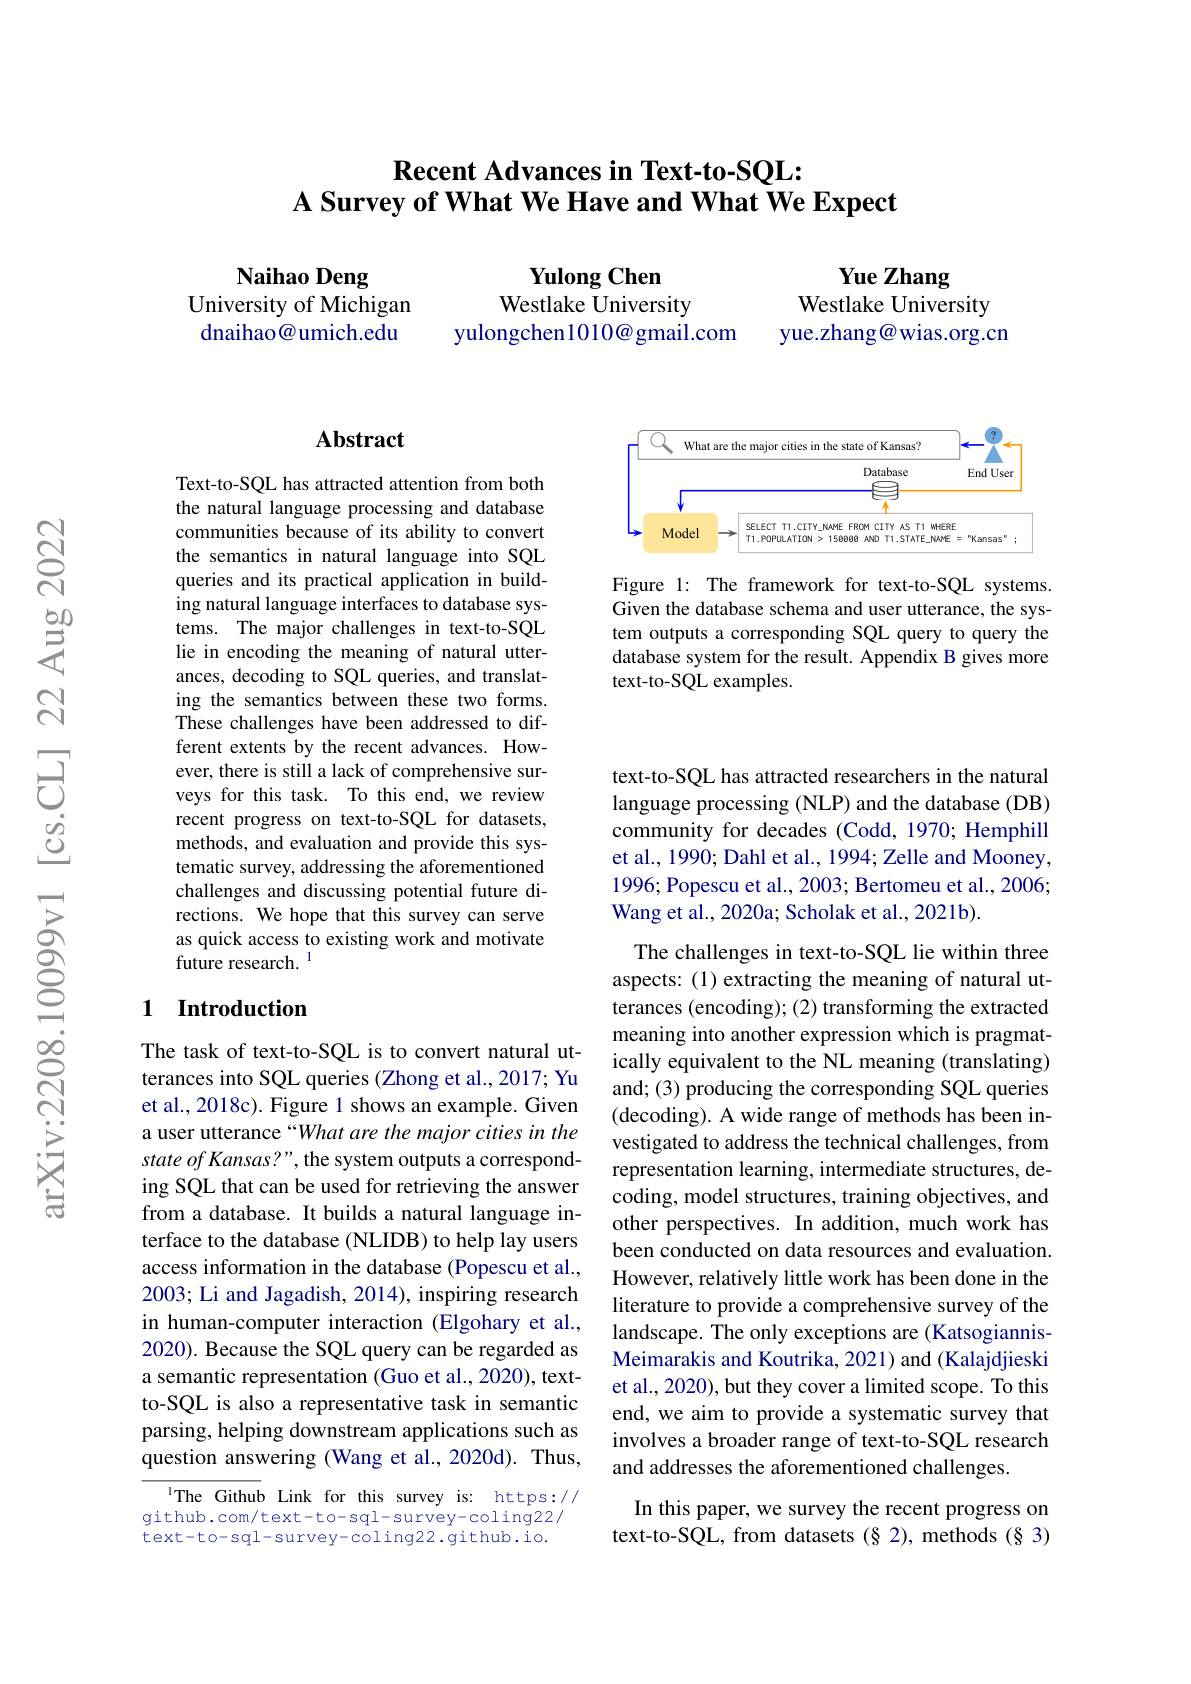
# Recent Advances in Text-to-SQL: A Survey of What We Have and What We Expect

Naihao Deng
University of Michigan dnaihao@umich.edu

Yulong Chen
Westlake University
yulongchen1010@gmail.com

Yue Zhang
Westlake University
yue.zhang@wias.org.cn

<FigureHere>

Figure 1: The framework for text-to-SQL systems. Given the database schema and user utterance, the system outputs a corresponding SQL query to query the database system for the result. Appendix B gives more text-to-SQL examples.

## Abstract

Text-to-SQL has attracted attention from both the natural language processing and database communities because of its ability to convert the semantics in natural language into SQL queries and its practical application in building natural language interfaces to database systems. The major challenges in text-to-SQL lie in encoding the meaning of natural utterances, decoding to SQL queries, and translating the semantics between these two forms. These challenges have been addressed to different extents by the recent advances. However, there is still a lack of comprehensive surveys for this task. To this end, we review recent progress on text-to-SQL for datasets, methods, and evaluation and provide this systematic survey, addressing the aforementioned challenges and discussing potential future directions. We hope that this survey can serve as quick access to existing work and motivate future research. 1

## 1 Introduction

The task of text-to-SQL is to convert natural utterances into SQL queries (Zhong et al., 2017; Yu et al., 2018c). Figure 1 shows an example. Given a user utterance “What are the major cities in the state of Kansas?", the system outputs a corresponding SQL that can be used for retrieving the answer from a database. It builds a natural language interface to the database (NLIDB) to help lay users access information in the database (Popescu et al., 2003; Li and Jagadish, 2014), inspiring research in human-computer interaction (Elgohary et al., 2020). Because the SQL query can be regarded as a semantic representation (Guo et al., 2020), textto-SQL is also a representative task in semantic parsing, helping downstream applications such as question answering (Wang et al.,2020d). Thus,

The Github Link for this survey is: https:// github.com/text-to-sql-survey-coling22/ text-to-sql-survey-coling22.github.io.

text-to-SQL has attracted researchers in the natural language processing (NLP) and the database (DB) community for decades (Codd, 1970; Hemphill et al., 1990; Dahl et al., 1994; Zelle and Mooney, 1996; Popescu et al., 2003; Bertomeu et al., 2006; Wang et al., 2020a; Scholak et al., 2021b).

The challenges in text-to-SQL lie within three aspects: (1) extracting the meaning of natural utterances (encoding); (2) transforming the extracted meaning into another expression which is pragmatically equivalent to the NL meaning (translating) and; (3) producing the corresponding SQL queries (decoding). A wide range of methods has been investigated to address the technical challenges, from representation learning, intermediate structures, decoding, model structures, training objectives, and other perspectives. In addition, much work has been conducted on data resources and evaluation However, relatively little work has been done in the literature to provide a comprehensive survey of the landscape. The only exceptions are (KatsogiannisMeimarakis and Koutrika, 2021) and (Kalajdjieski et al., 2020), but they cover a limited scope. To this end, we aim to provide a systematic survey that involves a broader range of text-to-SQL research and addresses the aforementioned challenges.

In this paper, we survey the recent progress on text-to-SQL, from datasets (§ 2), methods (§3)